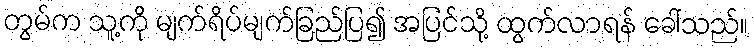
တွမ်က သူ့ကို မျက်ရိပ်မျက်ခြည်ပြ၍ အပြင်သို့ ထွက်လာရန် ခေါ်သည်။